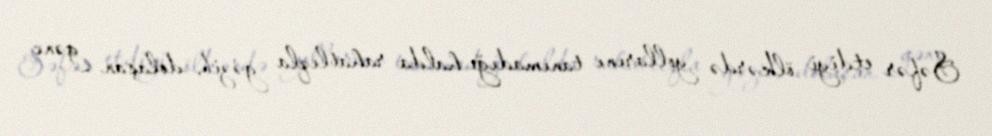
Səfər etdiyi ölkərdə yollarını tanımadığı halda rahatlıqla gəzib, dolaşan gənc